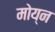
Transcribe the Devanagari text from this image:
मोय्न